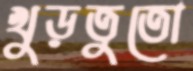
খুড়তুতো